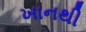
ખાનથી